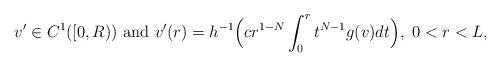
LaTeX: \begin{align*}v^{\prime}\in C^1([0,R))~\mbox{and}~v^{\prime}(r)=h^{-1}\Big(cr^{1-N}\int_0^rt^{N-1} g(v)dt\Big),~0<r<L,\end{align*}